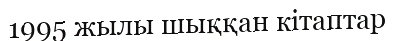
1995 жылы шыққан кітаптар